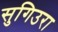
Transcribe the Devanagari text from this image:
सुगिउरा